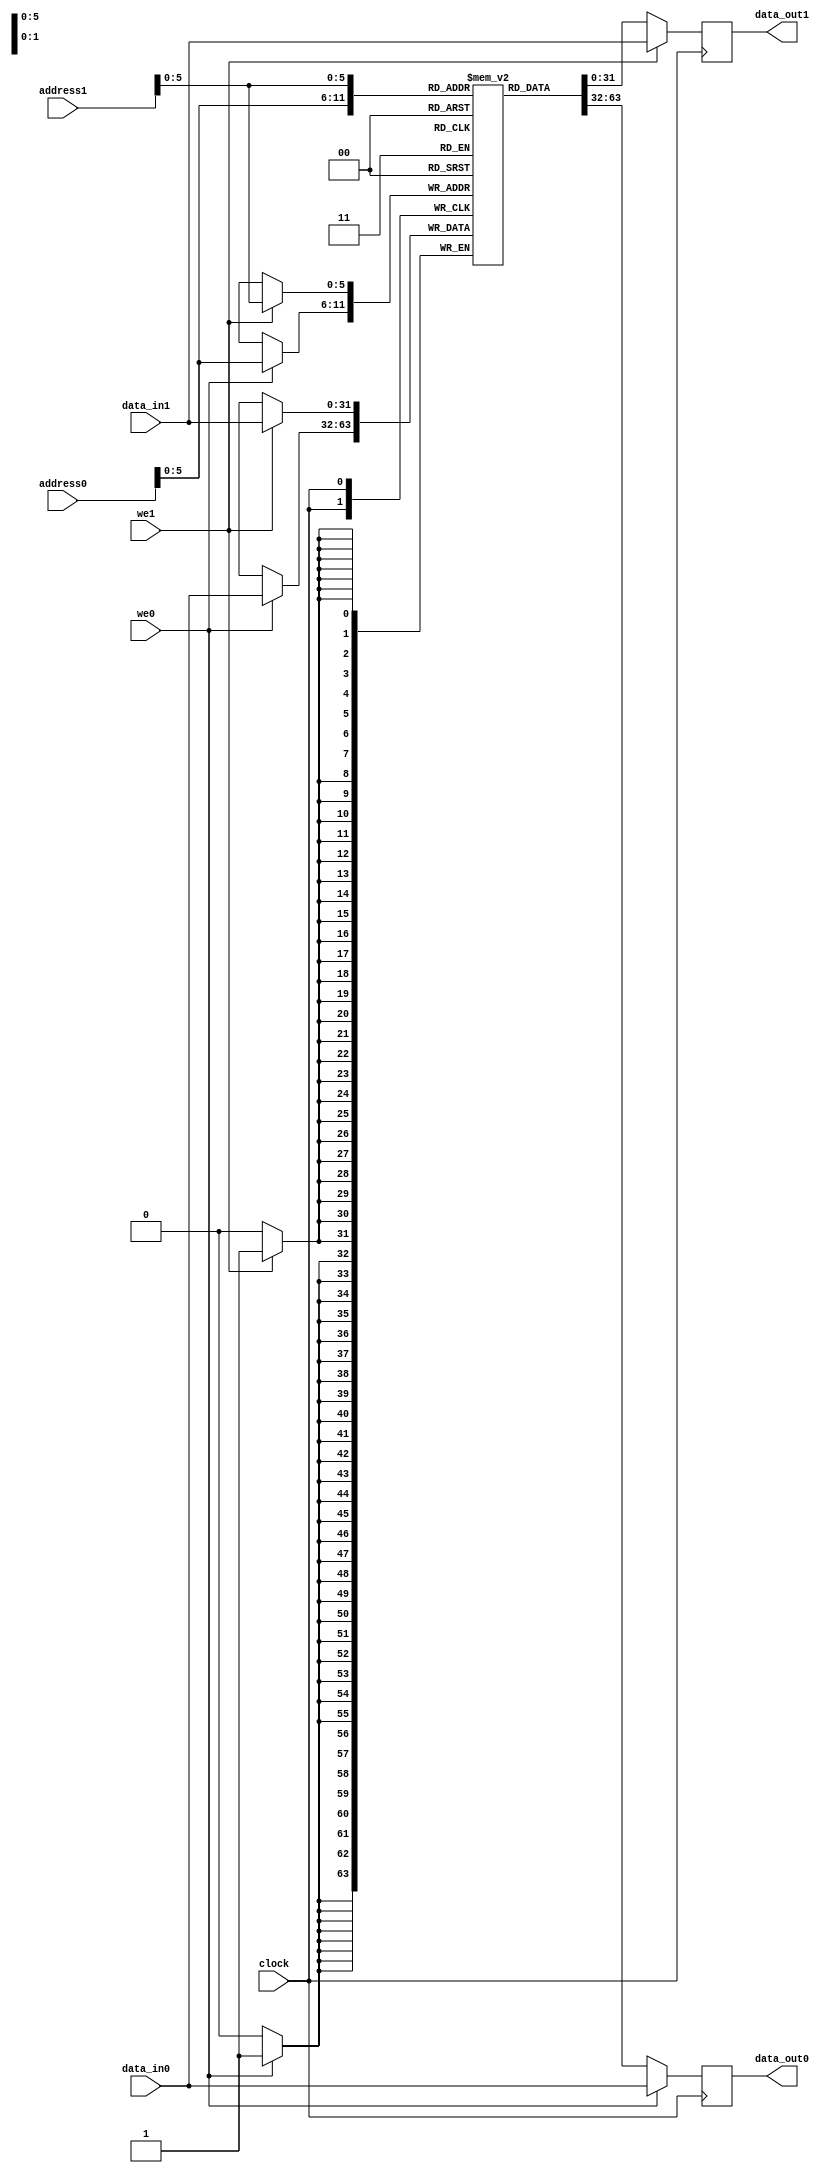
/*****************************************
* Module: dual_port_RAM
* Not Byte addressable
*****************************************/

module dual_port_ram
#(
parameter
DATA_WIDTH    = 32,
ADDRESS_WIDTH = 32,
INDEX_BITS    = 6,
CROSS_PORT    = "OLD_DATA"
)
(
input clock,
input we0, we1,
input [DATA_WIDTH-1:0] data_in0, 
input [DATA_WIDTH-1:0] data_in1, 
input [ADDRESS_WIDTH-1:0] address0,
input [ADDRESS_WIDTH-1:0] address1,
output [DATA_WIDTH-1:0] data_out0,
output [DATA_WIDTH-1:0] data_out1
);
	
localparam RAM_DEPTH = 1 << INDEX_BITS;

reg [DATA_WIDTH-1:0] mem [0:RAM_DEPTH-1];

reg [DATA_WIDTH-1:0] data_reg0;
reg [DATA_WIDTH-1:0] data_reg1;

// port A
always@(posedge clock)
begin
	if(we0) begin
		mem[address0] <= data_in0;
		data_reg0     <= data_in0;
	end
    else
        data_reg0 <= mem[address0];
end



// port B
always@(posedge clock)
begin
	if(we1) begin
		mem[address1] <= data_in1;
		data_reg1     <= data_in1;
	end
    else
        data_reg1 <= mem[address1];
end

assign data_out0 = (we1 & (address0 == address1) & (CROSS_PORT == "NEW_DATA")) ?
                   data_reg1 : data_reg0;
assign data_out1 = (we0 & (address0 == address1) & (CROSS_PORT == "NEW_DATA")) ?
                   data_reg0 : data_reg1;

endmodule